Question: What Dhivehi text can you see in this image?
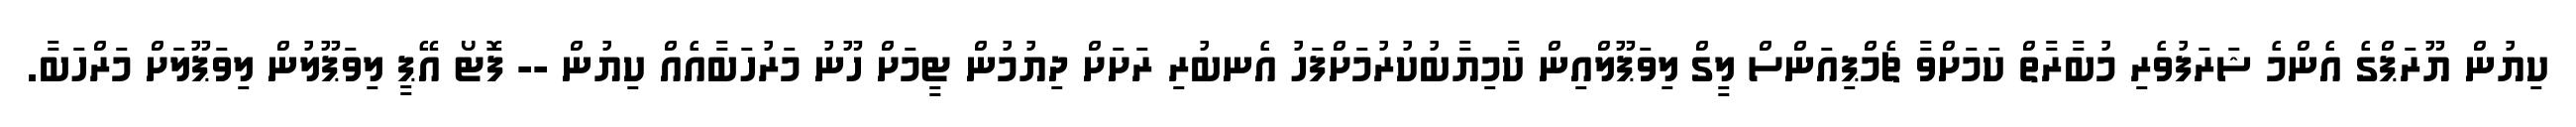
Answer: ކިޔުން ޔޫރަޕްގެ އެންމެ ޝަރަފުވެރި މުބާރާތް ކަމަށްވާ ޗެމްޕިއަންސް ލީގް ލިވަޕޫލްއިން ކާމިޔާބުކުރުމަށްފަހު އެނބުރި ރަށަށް ދިޔުމުން ޓީމަށް ހޫނު މަރުހަބާއެއް ކިޔުން -- ފޮޓޯ އޭޕީ ލިވަޕޫލުން ލިވަޕޫލަށް މަރްހަބާ.